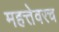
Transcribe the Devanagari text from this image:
महत्तेवरच